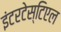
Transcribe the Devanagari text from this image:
इंटरटेस्टिएल